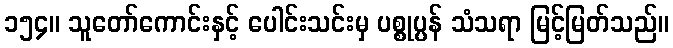
၁၅၄။ သူတော်ကောင်းနှင့် ပေါင်းသင်းမှ ပစ္စုပ္ပန် သံသရာ မြင့်မြတ်သည်။